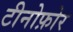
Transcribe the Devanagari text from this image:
टीनोफ़ोर